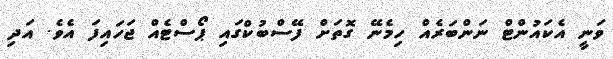
ވަނީ އެކައުންޓް ނަންބަރެއް ހިމެނޭ ގޮތަށް ފޭސްބުކްގައި ޕޯސްޓެއް ޖަހައިފަ އެވެ. އަދި